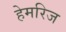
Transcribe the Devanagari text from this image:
हेमरिज